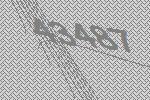
43487